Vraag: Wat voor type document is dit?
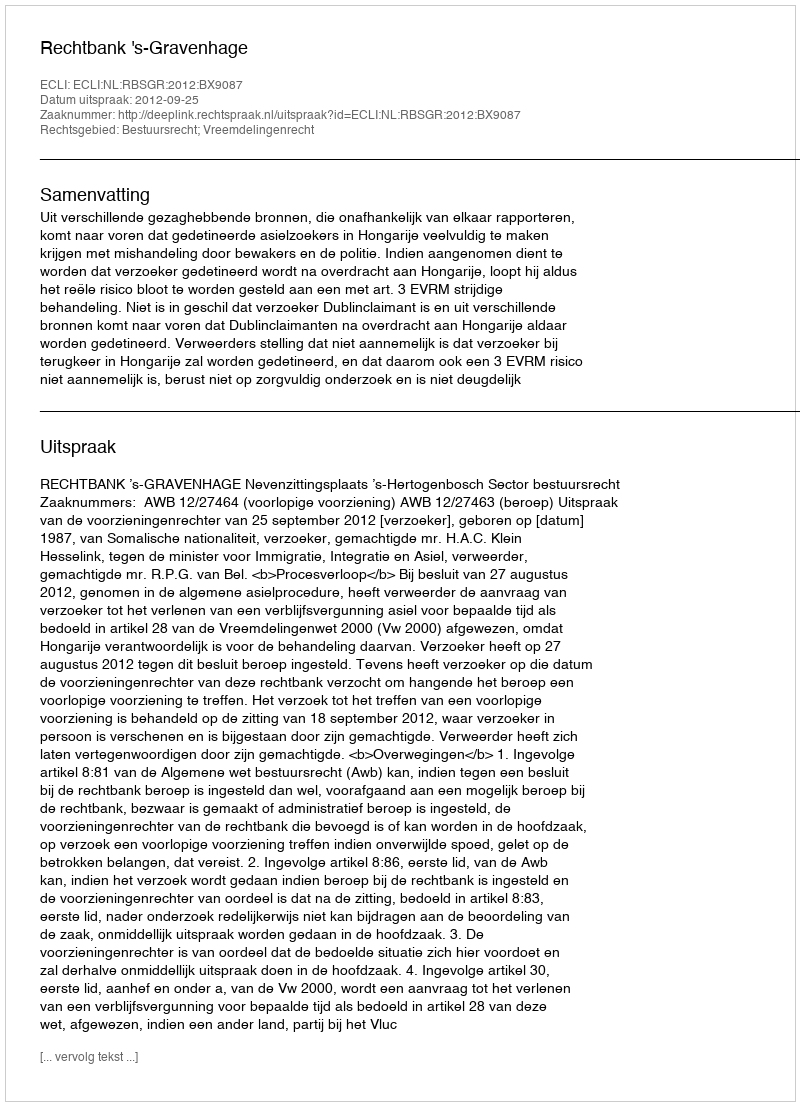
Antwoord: Uitspraak